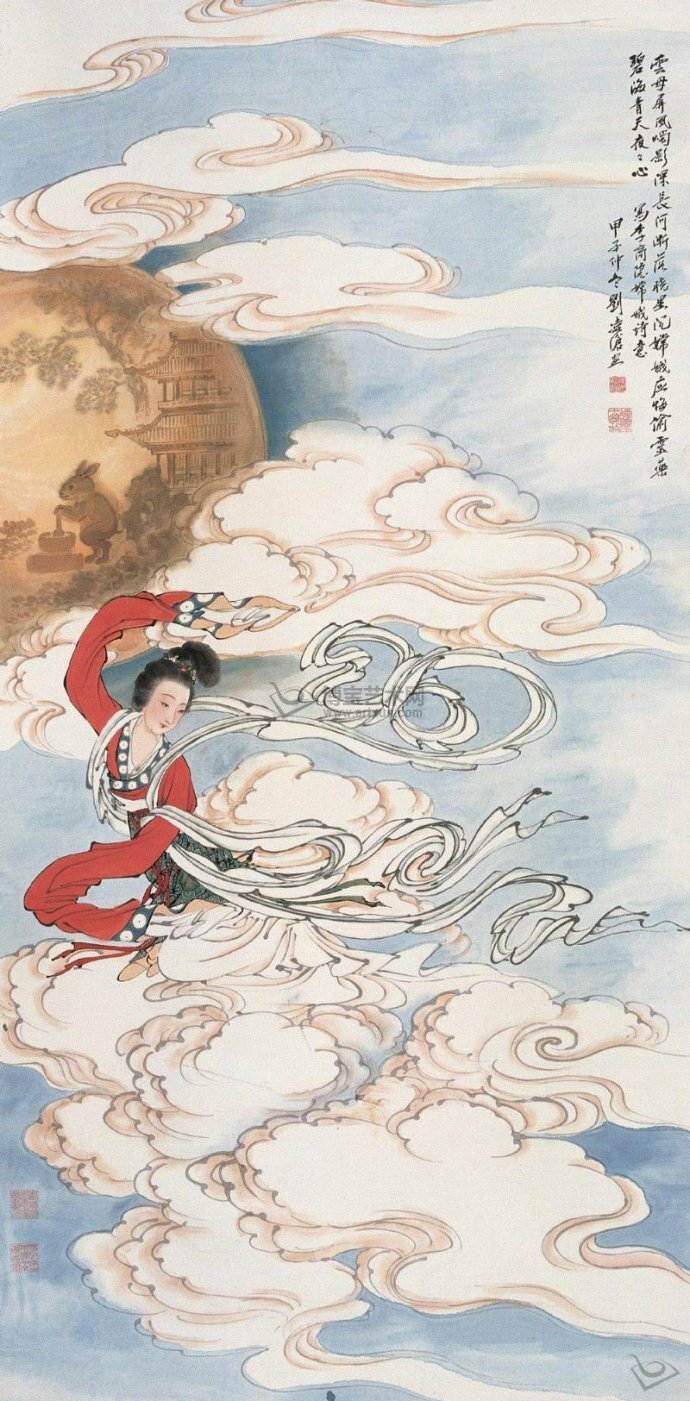
云母屏风烛影深，长河渐落晓星沉。